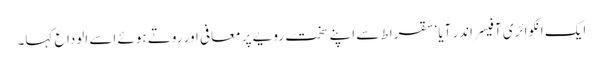
ایک انکوائری آفیسر اندر آیا‘ سقراط سے اپنے سخت رویے پر معافی اور روتے ہوئے اسے الوداع کہا۔